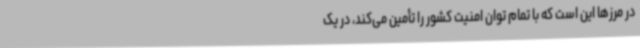
در مرزها این است که با تمام توان امنیت کشور را تأمین می‌کند، در یک